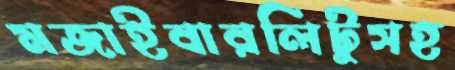
মজাইবারলিটুসহ